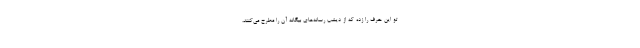
تو این حرف را زده که از دیشب رسانه‌های بیگانه آن را مطرح می‌کنند،